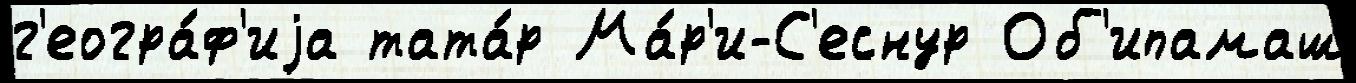
г'еогра́ф'иjа тата́р Ма́р'и-С'еснур Об'ипамаш